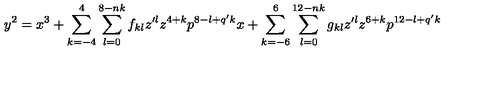
y ^ { 2 } = x ^ { 3 } + \sum _ { k = - 4 } ^ { 4 } \sum _ { l = 0 } ^ { 8 - n k } f _ { k l } z ^ { \prime l } z ^ { 4 + k } p ^ { 8 - l + q ^ { \prime } k } x + \sum _ { k = - 6 } ^ { 6 } \sum _ { l = 0 } ^ { 1 2 - n k } g _ { k l } z ^ { \prime l } z ^ { 6 + k } p ^ { 1 2 - l + q ^ { \prime } k }